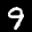
Digit: 9